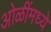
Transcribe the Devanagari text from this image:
ओळींमध्ये